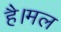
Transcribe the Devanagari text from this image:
है।मल